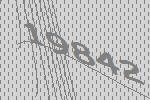
19842